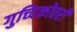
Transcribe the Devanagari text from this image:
गुच्दिकोत्तरी